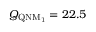
Q _ { \mathrm { Q N M _ { 1 } } } = 2 2 . 5